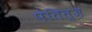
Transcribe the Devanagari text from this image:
पेतित्ज़